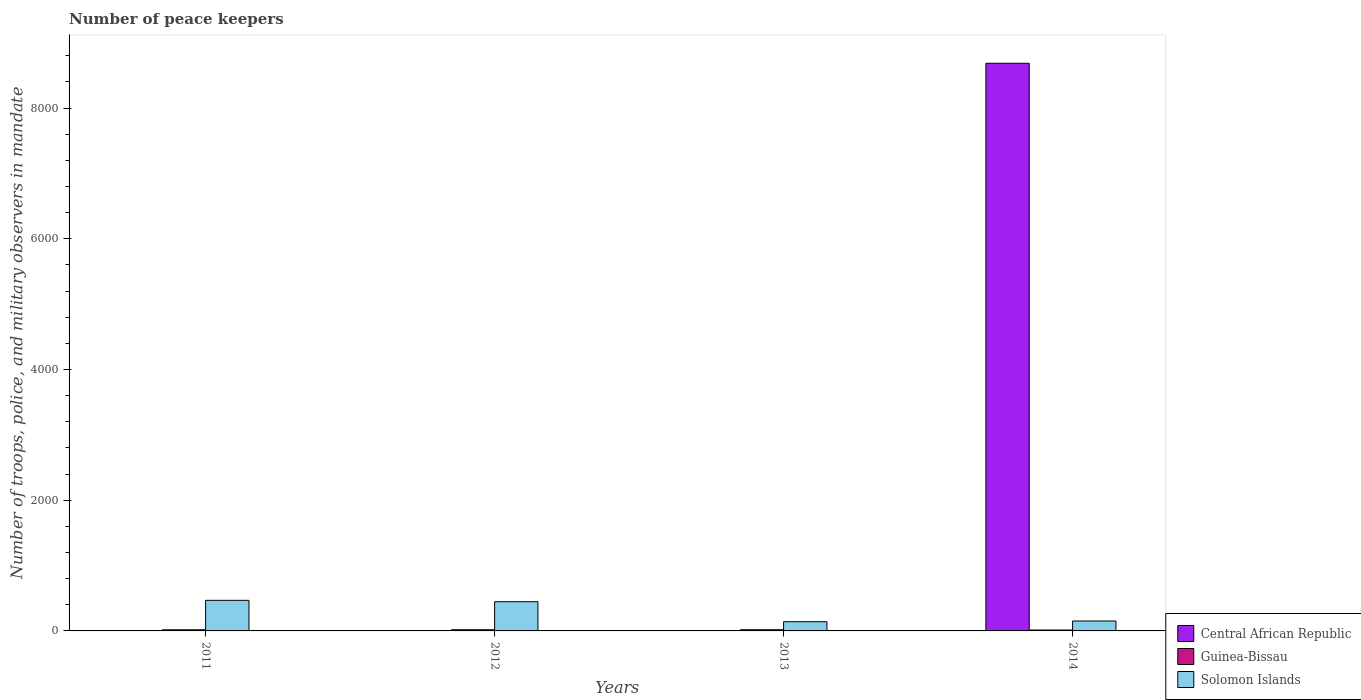
| Years | Central African Republic | Guinea-Bissau | Solomon Islands |
 | --- | --- | --- | --- |
 | 2011 | 4 | 17 | 468 |
 | 2012 | 4 | 18 | 447 |
 | 2013 | 4 | 18 | 141 |
 | 2014 | 8.68e+03 | 14 | 152 |